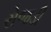
રોજડી